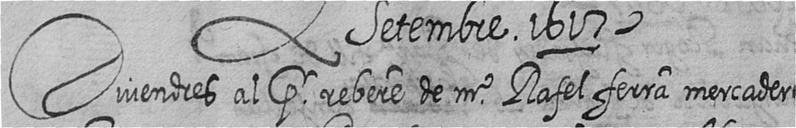
Divendres al pr rebere de mr Rafel ferra mercader